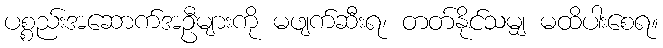
ပစ္စည်းအဆောက်အဦများကို မဖျက်ဆီးရ၊ တတ်နိုင်သမျှ မထိပါးစေရ။